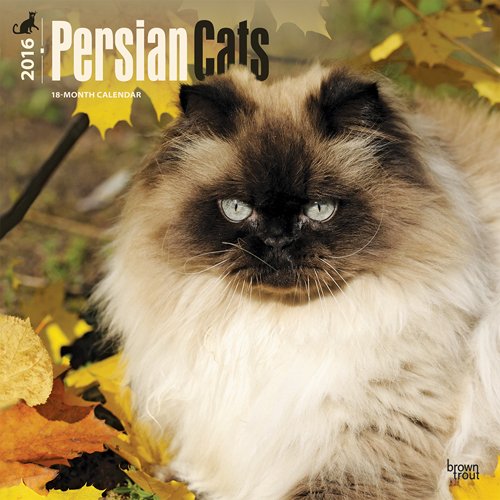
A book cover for Persian Cats 2016 Square 12x12 (Multilingual Edition); Browntrout Publishers; Calendars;